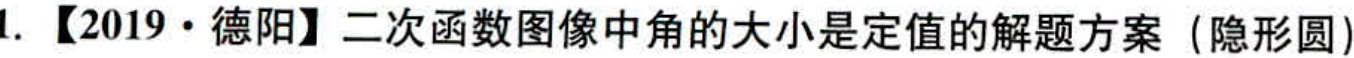
1. 【2019·德阳】二次函数图像中角的大小是定值的解题方案（隐形圆）